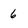
Character: 6